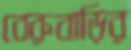
বেরুবাড়ির